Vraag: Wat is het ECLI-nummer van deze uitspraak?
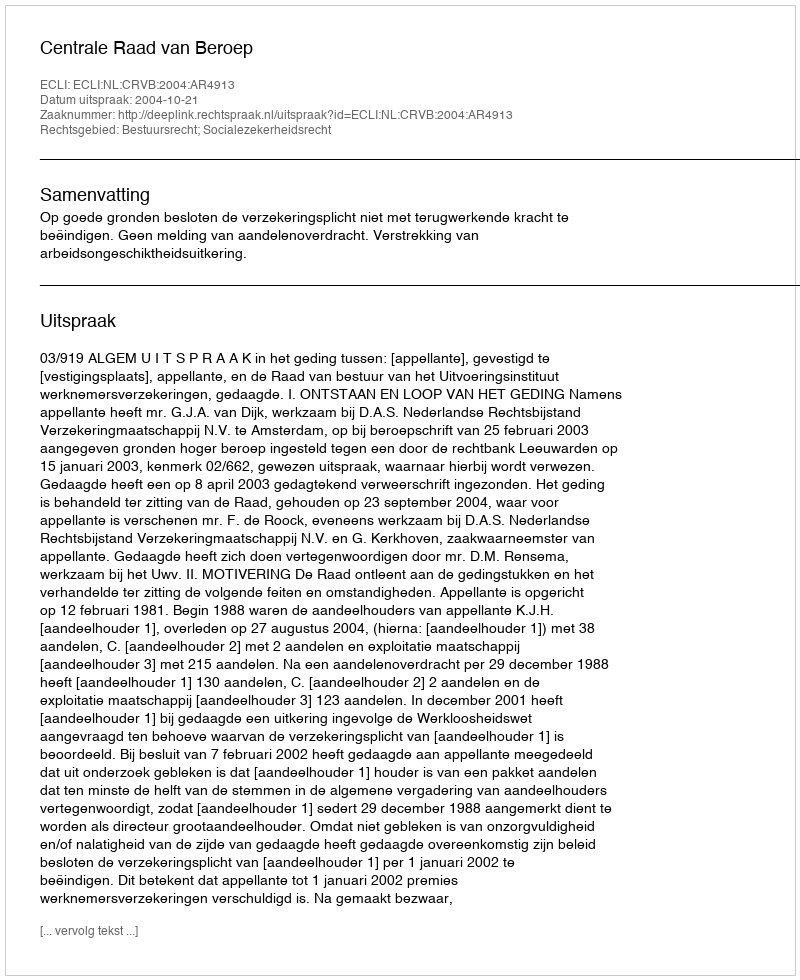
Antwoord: ECLI:NL:CRVB:2004:AR4913